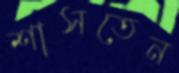
শাসতেন